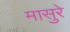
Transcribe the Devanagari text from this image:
मासुरे